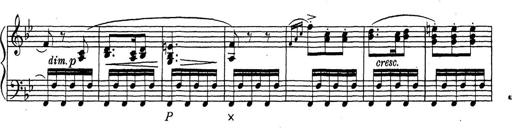
Title: ÄŒeskÃ© Sonatiny
Composer: Various